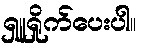
ရှူရှိုက်ပေးပါ။